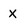
Character: X